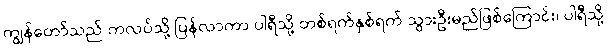
ကျွန်တော်သည် ကလပ်သို့ ပြန်လာကာ ပါရီသို့ တစ်ရက်နှစ်ရက် သွားဦးမည်ဖြစ်ကြောင်း၊ ပါရီသို့